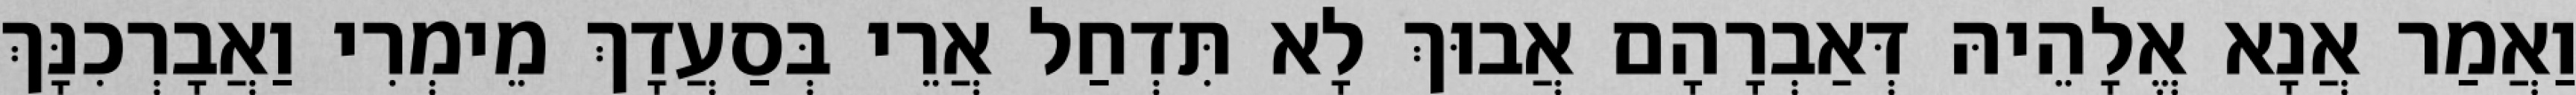
וַאֲמַר אֲנָא אֱלָהֵיהּ דְּאַבְרָהָם אֲבוּךְ לָא תִּדְחַל אֲרֵי בְּסַעֲדָךְ מֵימְרִי וַאֲבָרְכִנָּךְ